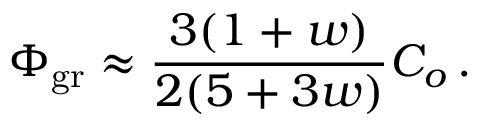
\Phi _ { \mathrm { g r } } \approx { \frac { 3 ( 1 + w ) } { 2 ( 5 + 3 w ) } } C _ { o } \, .